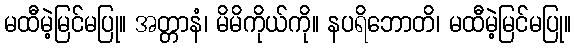
မထီမဲ့မြင်မပြု။ အတ္တာနံ၊ မိမိကိုယ်ကို။ နပရိဘောတိ၊ မထီမဲ့မြင်မပြု။